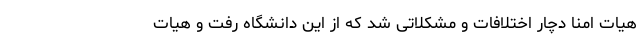
هیات امنا دچار اختلافات و مشکلاتی شد که از این دانشگاه رفت و هیات